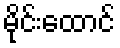
မိုင်းထောင်